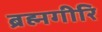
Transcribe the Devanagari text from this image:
ब्रह्मगीरि